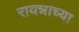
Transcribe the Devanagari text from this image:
रायन्नाच्या